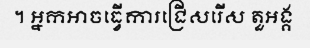
។ អ្នកអាចធ្វើការជ្រើសរើស តួអង្គ